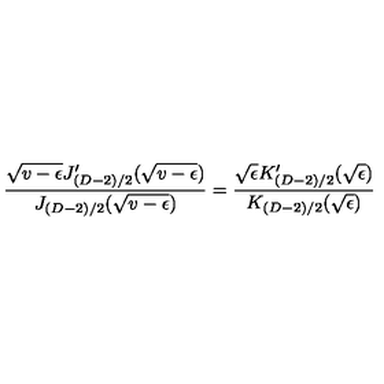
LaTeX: \frac { \sqrt { v - \epsilon } J _ { ( D - 2 ) / 2 } ^ { \prime } ( \sqrt { v - \epsilon } ) } { J _ { ( D - 2 ) / 2 } ( \sqrt { v - \epsilon } ) } = \frac { \sqrt { \epsilon } K _ { ( D - 2 ) / 2 } ^ { \prime } ( \sqrt { \epsilon } ) } { K _ { ( D - 2 ) / 2 } ( \sqrt { \epsilon } ) }